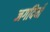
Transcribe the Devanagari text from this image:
जगदियाँ